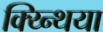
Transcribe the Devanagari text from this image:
क्य्न्थिया